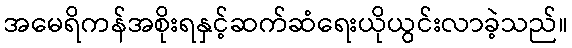
အမေရိကန်အစိုးရနှင့်ဆက်ဆံရေးယိုယွင်းလာခဲ့သည်။